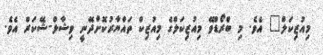
މިއުޒިކަލް" އެވެ. މި ބްރޯޑްވޭ މިއުޒިކަލްގެ މިއުޒިކް ތައްޔާރުކޮށްދޭނީ ވިޝާލް-ޝޭކަރް އެވެ.